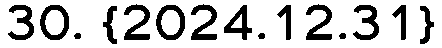
30. {2024.12.31}